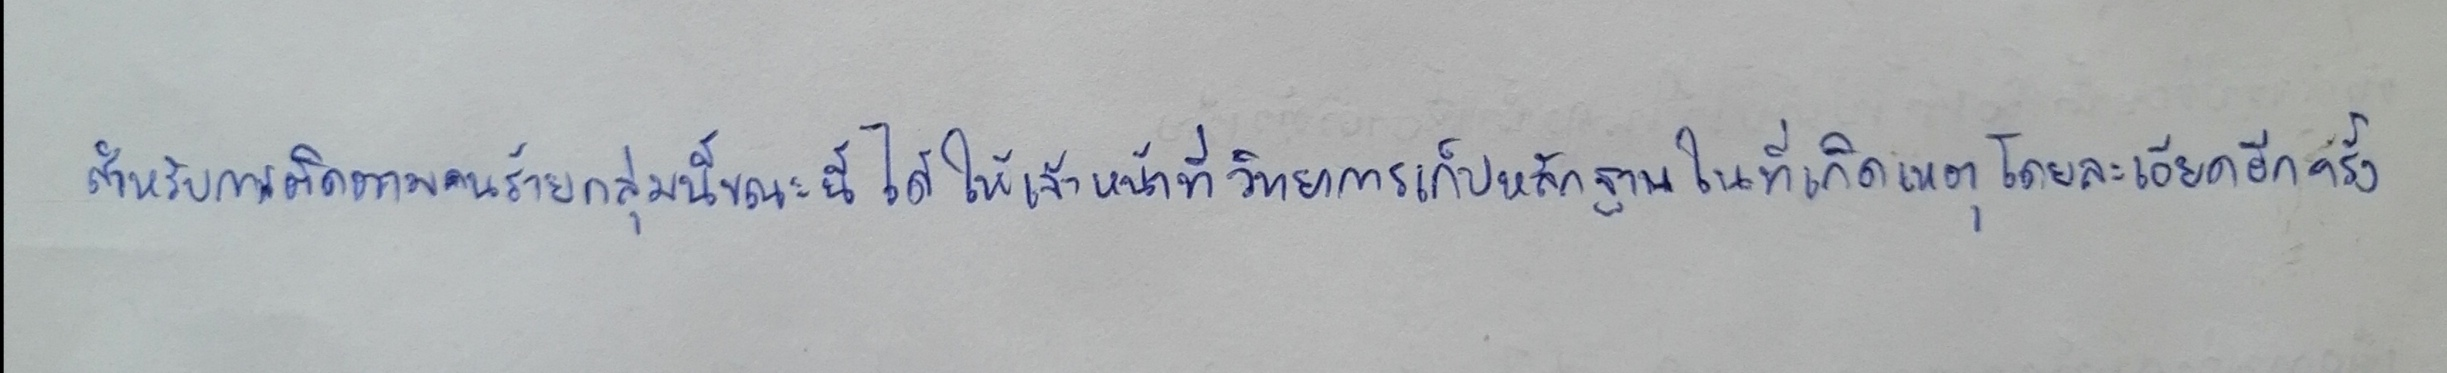
สำหรับการติดตามคนร้ายกลุ่มนี้ขณะนี้ได้ให้เจ้าหน้าที่วิทยาการเก็บหลักฐานในที่เกิดเหตุโดยละเอียดอีกครั้ง